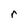
Character: r